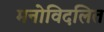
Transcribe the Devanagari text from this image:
मनोविदलित